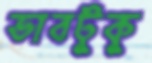
ভাবটুকু